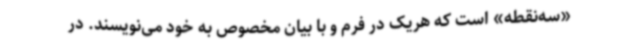
«سه‌نقطه» است که هریک در فرم و با بیان مخصوص به خود می‌نویسند. در